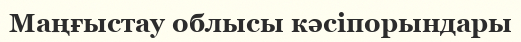
Маңғыстау облысы кәсіпорындары